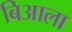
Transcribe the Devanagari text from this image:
बिआला